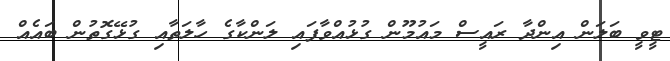
ޓީވީ ބަލަން އިންދާ ރައީސް މައުމޫން ގުޅުއްވާފައި ލަންކާގެ ހާލަތާއި ގުޅޭގޮތުން ބައެއް